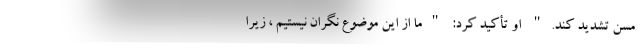
مسن تشدید کند." او تأكید كرد: "ما از این موضوع نگران نیستیم ، زیرا